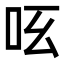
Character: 𠯝